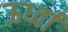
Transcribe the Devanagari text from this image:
ऊर्ध्वा